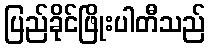
ပြည်ခိုင်ဖြိုးပါတီသည်